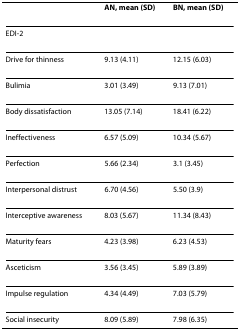
<table><thead><tr><td></td><td><b>AN, mean (SD)</b></td><td><b>BN, mean (SD)</b></td></tr></thead><tbody><tr><td>EDI-2</td><td></td><td></td></tr><tr><td>Drive for thinness</td><td>9.13 (4.11)</td><td>12.15 (6.03)</td></tr><tr><td>Bulimia</td><td>3.01 (3.49)</td><td>9.13 (7.01)</td></tr><tr><td>Body dissatisfaction</td><td>13.05 (7.14)</td><td>18.41 (6.22)</td></tr><tr><td>Ineffectiveness</td><td>6.57 (5.09)</td><td>10.34 (5.67)</td></tr><tr><td>Perfection</td><td>5.66 (2.34)</td><td>3.1 (3.45)</td></tr><tr><td>Interpersonal distrust</td><td>6.70 (4.56)</td><td>5.50 (3.9)</td></tr><tr><td>Interceptive awareness</td><td>8.03 (5.67)</td><td>11.34 (8.43)</td></tr><tr><td>Maturity fears</td><td>4.23 (3.98)</td><td>6.23 (4.53)</td></tr><tr><td>Asceticism</td><td>3.56 (3.45)</td><td>5.89 (3.89)</td></tr><tr><td>Impulse regulation</td><td>4.34 (4.49)</td><td>7.03 (5.79)</td></tr><tr><td>Social insecurity</td><td>8.09 (5.89)</td><td>7.98 (6.35)</td></tr></tbody></table>